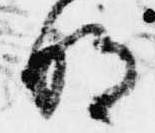
明